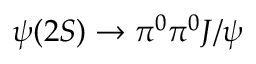
\psi ( 2 S ) \to \pi ^ { 0 } \pi ^ { 0 } J / \psi